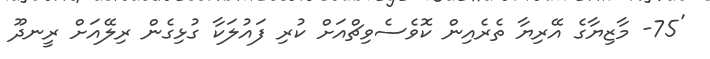
'75- މާޒިޔާގެ އޭރިޔާ ތެރެއިން ކޮވެސެވިޗްއަށް ކުރި ފައުލަކާ ގުޅިގެން ރިލޭއަށް ރީނދޫ